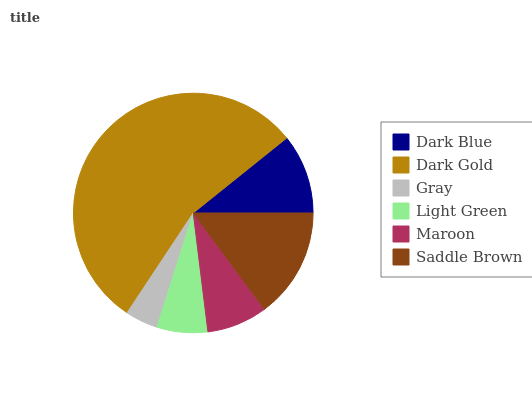
| Dark Blue | Dark Gold | Gray | Light Green | Maroon | Saddle Brown |
 | --- | --- | --- | --- | --- | --- |
 | 10.8% | 54.9% | 4.43% | 6.84% | 8.18% | 14.9% |